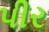
પીર